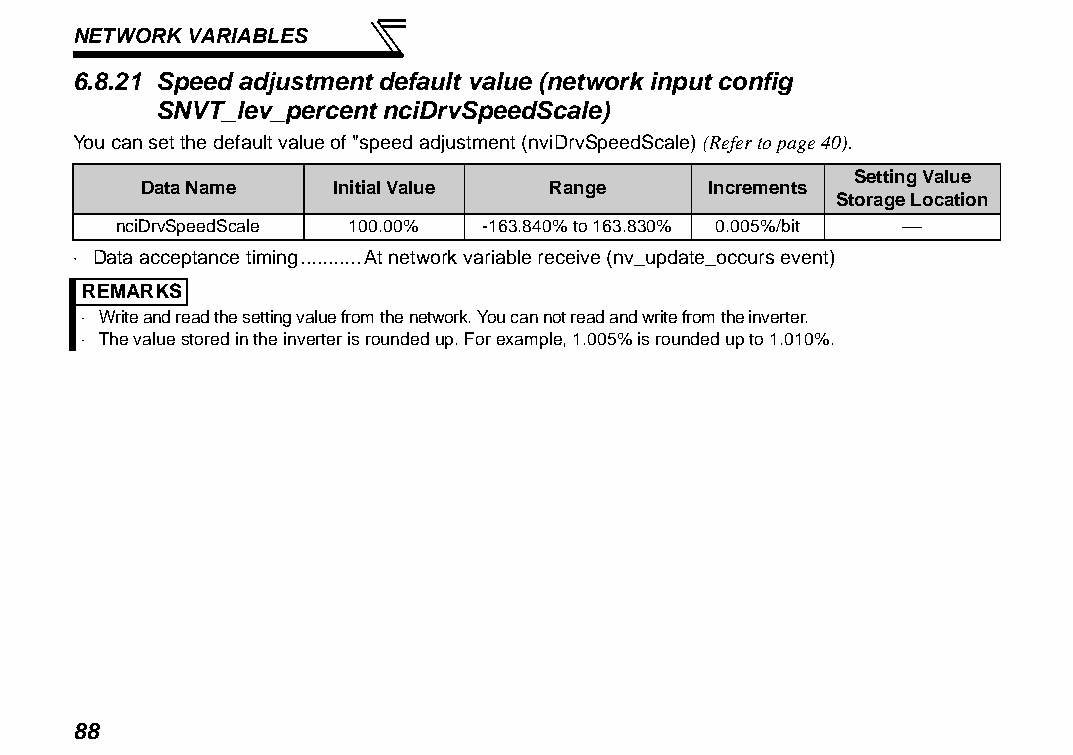
NETWORK VARIABLES
 6.8.21 Speed adjustment default value (network input config
 SNVT_lev_percent nciDrvSpeedScale)
 You can set the default value of "speed adjustment (nviDrvSpeedScale) (Refer to page 40).
 Setting Value
 Data Name    Initial Value Range      Increments
 Storage Location
 nciDrvSpeedScale 100.00% -163.840% to 163.830% 0.005%/bit 
 ⋅ Data acceptance timing...........At network variable receive (nv_update_occurs event)
 REMARKS
 ⋅ Write and read the setting value from the network. You can not read and write from the inverter.
 ⋅ The value stored in the inverter is rounded up. For example, 1.005% is rounded up to 1.010%.
 88